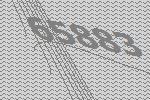
65883